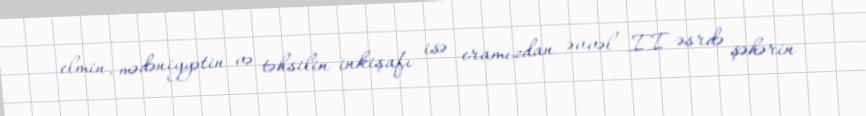
elmin, mədəniyyətin və təhsilin inkişafı isə eramızdan əvvəl II əsrdə şəhərin